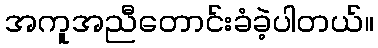
အကူအညီတောင်းခံခဲ့ပါတယ်။